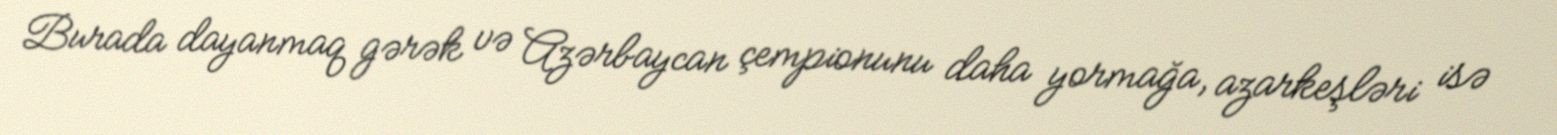
Burada dayanmaq gərək və Azərbaycan çempionunu daha yormağa, azarkeşləri isə